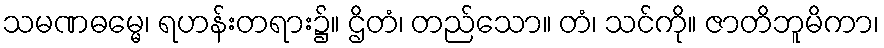
သမဏဓမ္မေ၊ ရဟန်းတရား၌။ ဌိတံ၊ တည်သော။ တံ၊ သင်ကို။ ဇာတိဘူမိကာ၊